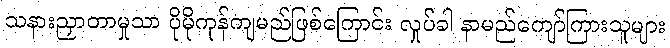
သနားညှာတာမှုသာ ပိုမိုကုန်ကျမည်ဖြစ်ကြောင်း လှုပ်ခါ နာမည်ကျော်ကြားသူများ